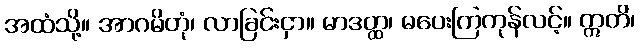
အထံသို့။ အာဂမိတုံ၊ လာခြင်းငှာ။ မာဒတ္ထ၊ မပေးကြကုန်လင့်။ ဣတိ၊